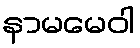
နာမမေဝါ